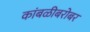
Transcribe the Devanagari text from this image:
कांबळीबरोबर